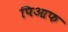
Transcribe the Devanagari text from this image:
पिआफ